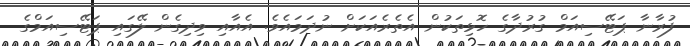
ފުރާނާ ޕަޓޭސިއަމް ގުރުދާގެ ހޮޅިތަކުން އެތެރެއަކަށް ނުދަމައެވެ. އެއާއި ވިދިގެން ލޭގައި ޕަޓޭސިއަމްގެ